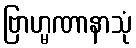
ဗြာဟ္မဏာနာသုံ